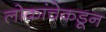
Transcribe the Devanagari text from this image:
लोकांचेकडून